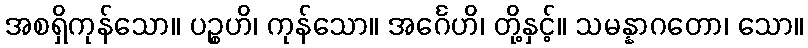
အစရှိကုန်သော။ ပဉ္စဟိ၊ ကုန်သော။ အင်္ဂေဟိ၊ တို့နှင့်။ သမန္နာဂတော၊ သော။